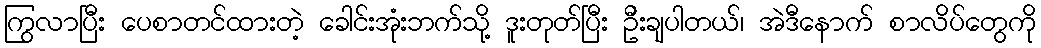
ကြွလာပြီး ပေစာတင်ထားတဲ့ ခေါင်းအုံးဘက်သို့ ဒူးတုတ်ပြီး ဦးချပါတယ်၊ အဲဒီနောက် စာလိပ်တွေကို